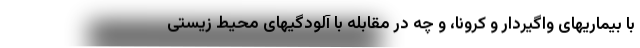
با بیماریهای واگیردار و کرونا، و چه در مقابله با آلودگیهای محیط زیستی